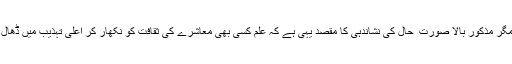
بہر حال ہم بات علم کی کر رہے تھے مگر مذکور بالا صورت ِ حال کی نشاندہی کا مقصد یہی ہے کہ علم کسی بھی معاشرے کی ثقافت کو نکھار کر اعلیٰ تہذیب میں ڈھال کر تاریخ کے اوراق میں رقم کرتا ہے۔